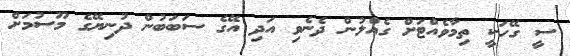
ސީ ގޭހަކީ ތިމާވެއްޓަށް ގެއްލުން ދެނެވި އަދި އޭގެ ސަބަބުން ދުނިޔޭގެ މޫސުމަށް